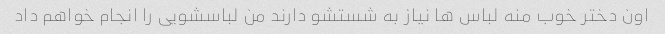
اون دختر خوب منه لباس ها نیاز به شستشو دارند من لباسشویی را انجام خواهم داد